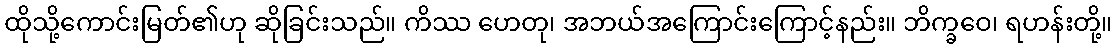
ထိုသို့ကောင်းမြတ်၏ဟု ဆိုခြင်းသည်။ ကိဿ ဟေတု၊ အဘယ်အကြောင်းကြောင့်နည်း။ ဘိက္ခဝေ၊ ရဟန်းတို့။